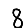
Digit: 8